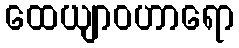
ထေယျာဝဟာရော